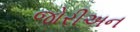
જોરીઅન